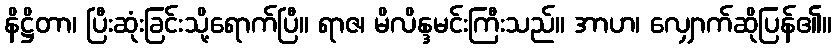
နိဋ္ဌိတာ၊ ပြီးဆုံးခြင်းသို့ရောက်ပြီ။ ရာဇ၊ မိလိန္ဒမင်းကြီးသည်။ အာဟ၊ လျှောက်ဆိုပြန်၏။